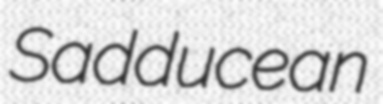
Sadducean